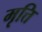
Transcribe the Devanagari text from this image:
मृत्ति